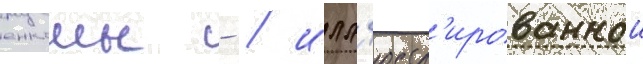
енкомы - / илл'юстр'ированнои